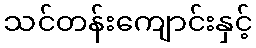
သင်တန်းကျောင်းနှင့်